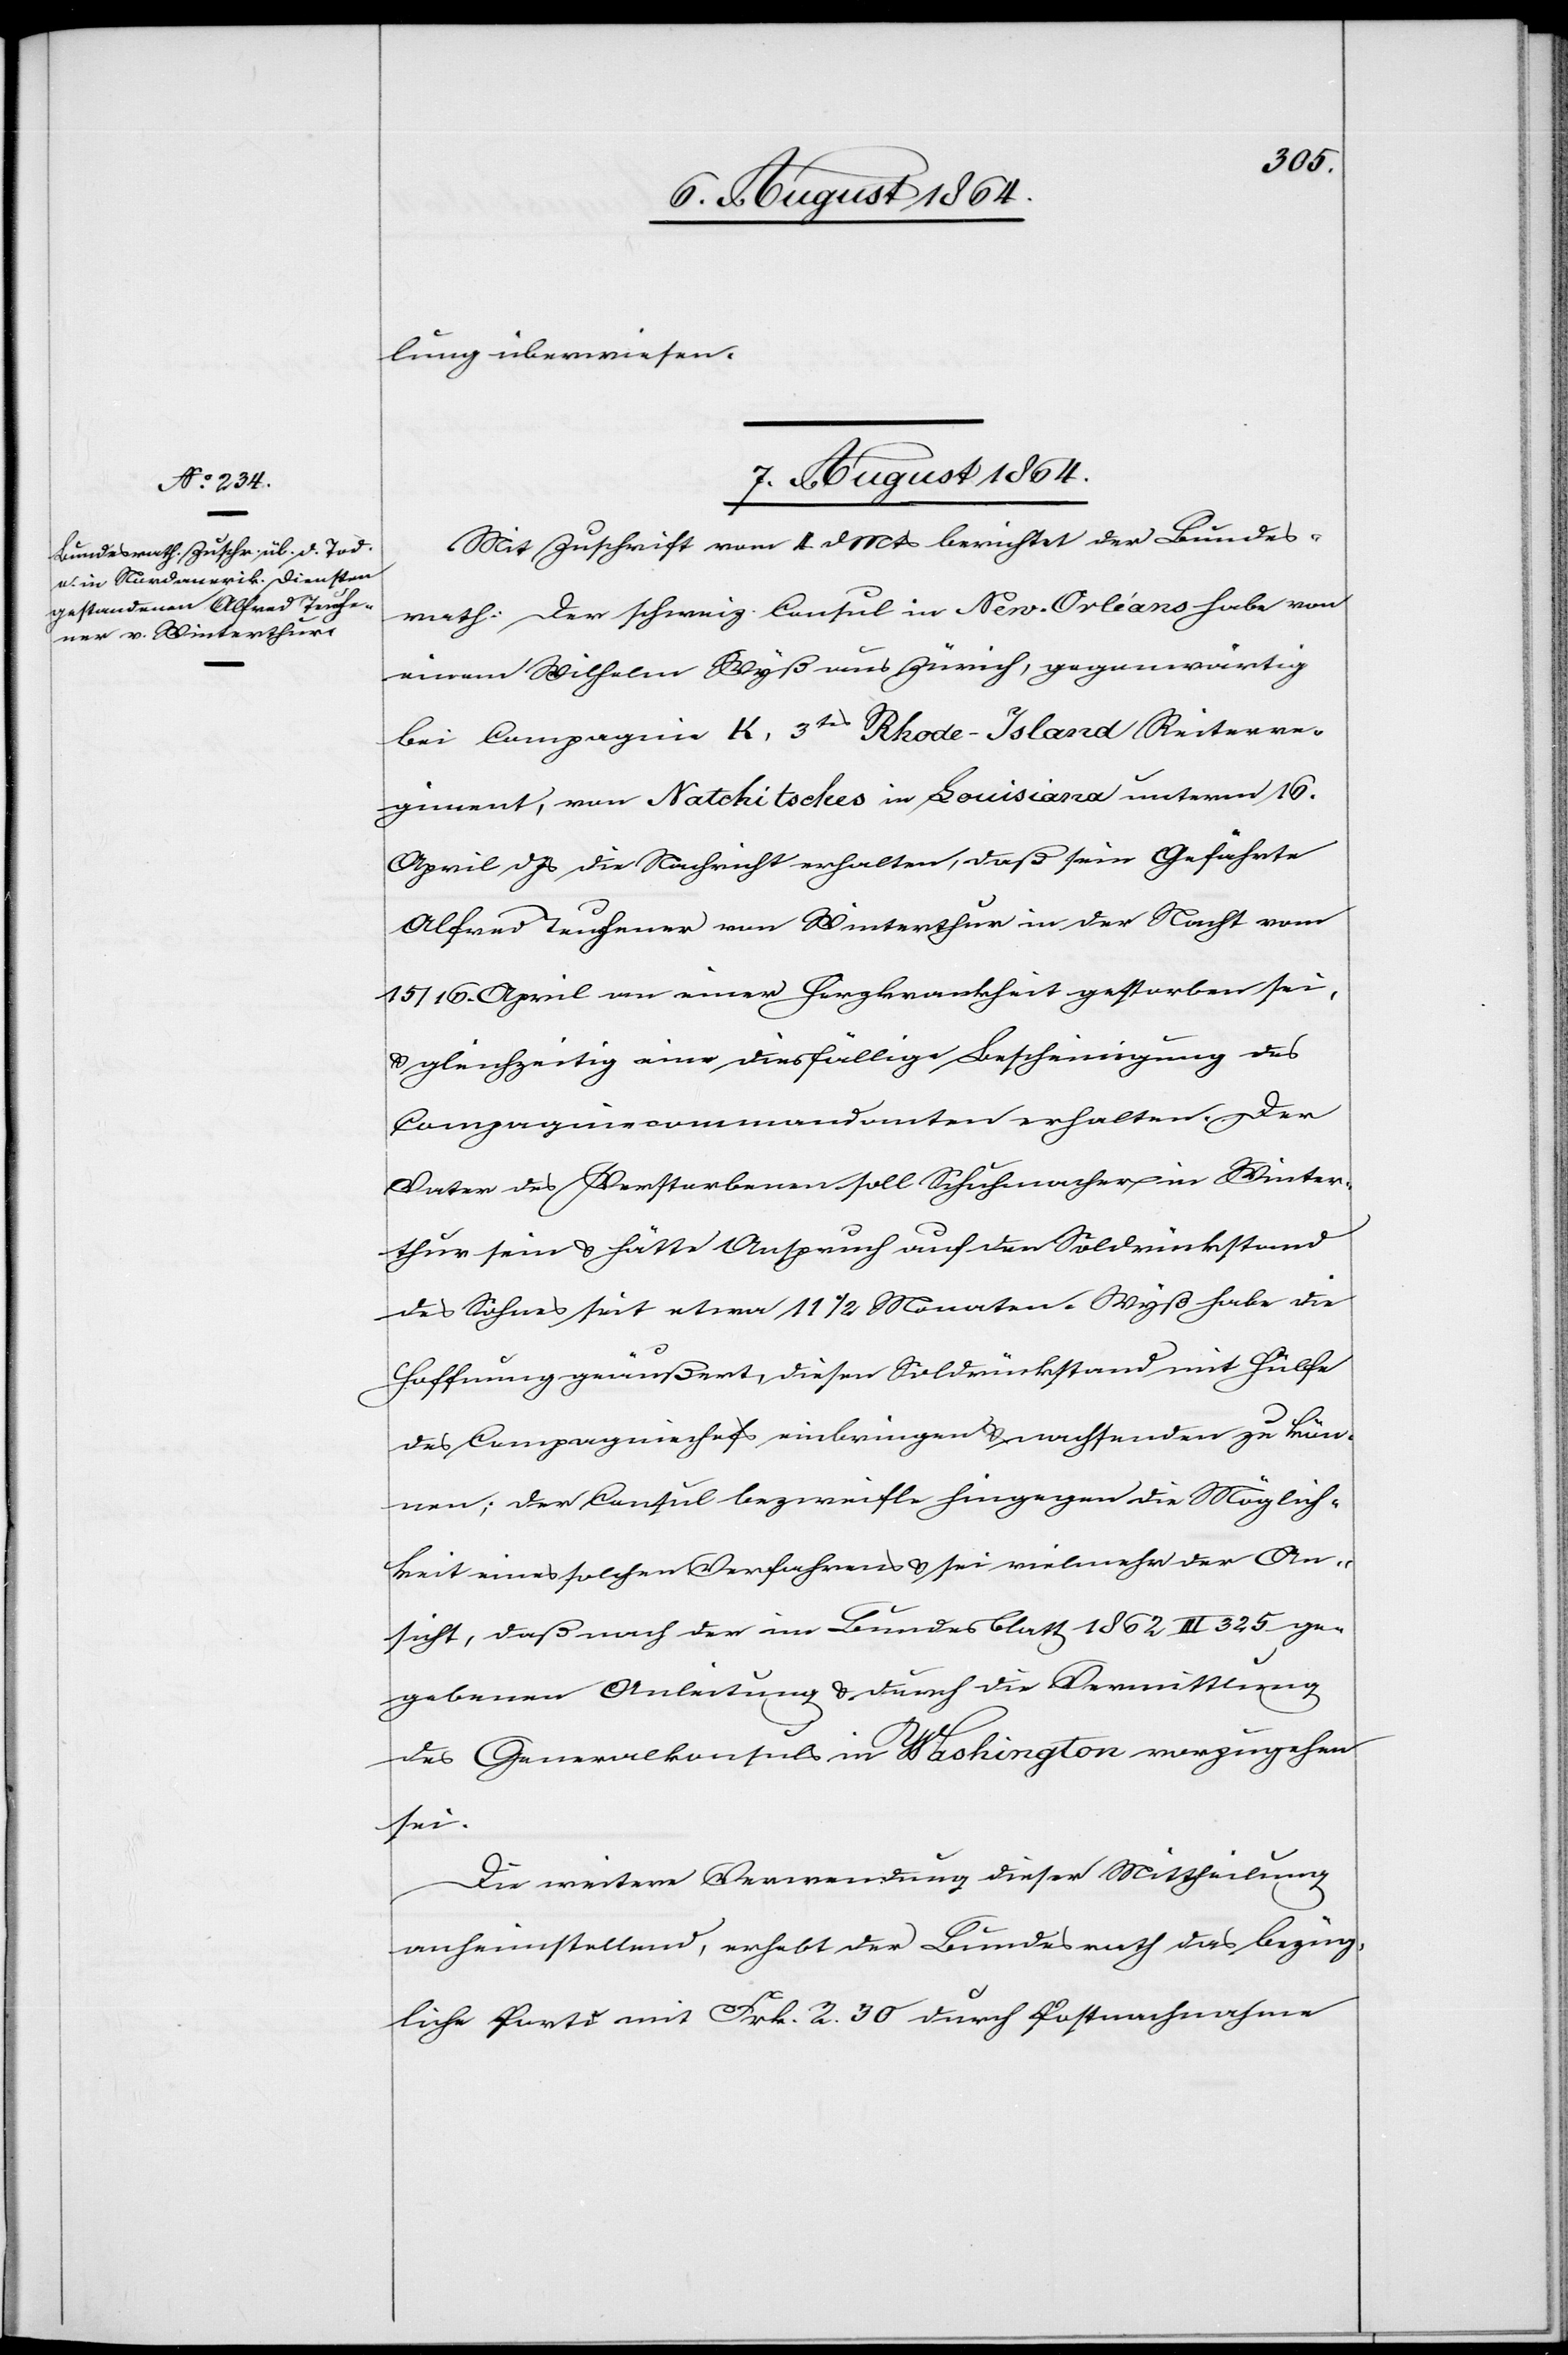
lung überwiesen.
7. August 1864.
Mit Zuschrift vom 4. d. Mts. berichtet der Bundes¬
rath: Der schweiz. Consul in New Orléans habe von
einem Wilhelm Wyß aus Zürich, gegenwärtig
bei Compagnie K, 3tes Rhode-Island Reiterre¬
giment, von Natchitsches in Louisiana unterm 16.
April d. Js. die Nachricht erhalten, daß sein Gefährte
Alfred Teuchener von Winterthur in der Nacht vom
15./16. April an einer Herzkrankheit gestorben sei,
& gleichzeitig eine diesfällige Bescheinigung des
Compagniecommandanten erhalten. Der
Vater des Verstorbenen soll Schuhmacher in Winter¬
thur sein & hätte Anspruch auf den Soldrückstand
des Sohnes seit etwa 11 1/2 Monaten. Wyß habe die
Hoffnung geäußert, diesen Soldrückstand mit Hülfe
des Compagniechefs einbringen & nachsenden zu kön¬
nen; der Consul bezweifle hingegen die Möglich¬
keit eines solchen Verfahrens & sei vielmehr der An¬
sicht, daß nach der im Bundesblatt 1862 III 325 ge¬
gebenen Anleitung & durch die Vermittlung
des Generalkonsuls in Washington vorzugehen
sei.
Die weitere Verwendung dieser Mittheilung
anheimstellend, erhebt der Bundesrath das bezüg¬
liche Porto mit Frk. 2.30 durch Postnachnahme